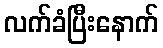
လက်ခံပြီးနောက်